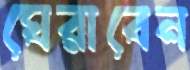
ঘেরাবেন